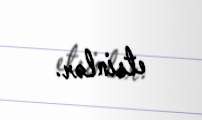
etsinlər.